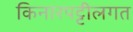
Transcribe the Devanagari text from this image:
किनारपट्टीलगत